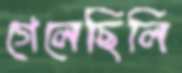
গেলেছিলি